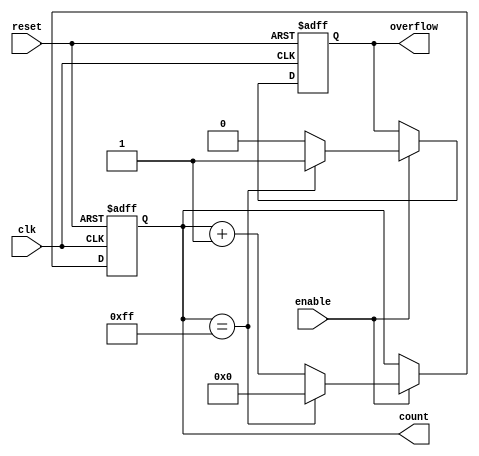
module pulse_counter #(
    parameter WIDTH = 8 // Configurable width of the counter (e.g., 8, 16, 32)
)(
    input wire clk,        // Clock signal
    input wire enable,     // Count enable signal
    input wire reset,      // Asynchronous reset signal
    output reg [WIDTH-1:0] count, // Current count value
    output reg overflow     // Overflow flag
);

    // Initial block to set the initial state of the counter and overflow
    initial begin
        count = 0;
        overflow = 0;
    end

    // Synchronous process for counting
    always @(posedge clk or posedge reset) begin
        if (reset) begin
            count <= 0;        // Reset the counter to zero
            overflow <= 0;     // Clear the overflow flag
        end else if (enable) begin
            if (count == {WIDTH{1'b1}}) begin // Check for overflow condition
                count <= 0;    // Wrap around to zero
                overflow <= 1;  // Set overflow flag
            end else begin
                count <= count + 1; // Increment the counter
                overflow <= 0; // Clear overflow flag
            end
        end
    end

endmodule